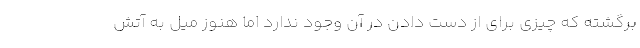
برگشته که چیزی برای از دست دادن در آن وجود ندارد اما هنوز میل به آتش